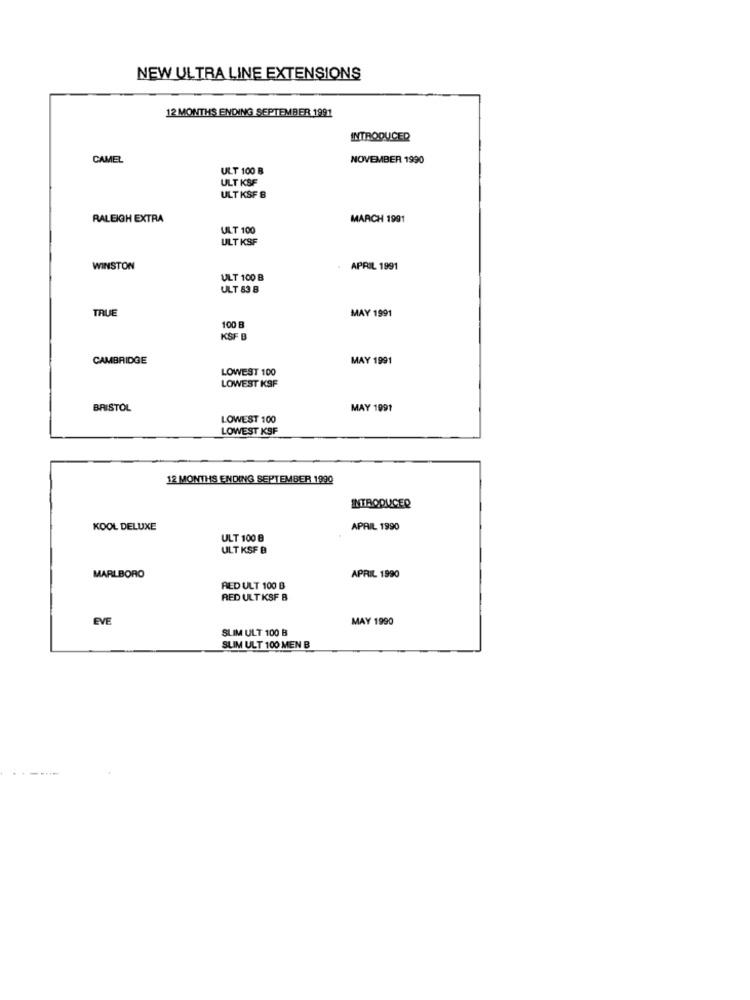
NEW ULTRA LINE EXTENSIONS
12 MONTHS ENDING SEPTEMBER 1991
INTRODUCED
CAMEL
NOVEMBER 1990
ULT 100 B
ULT KSF
ULT KSF 8
RALEIGH EXTRA
MARCH 1991
ULT 100
ULT KSF
WINSTON
. APRIL 1991
ULT 100 B
ULT 83 B
TRUE
MAY 1991
100 B
KSF B
CAMBRIDGE
MAY 1991
LOWEST 100
LOWEST KSF
BRISTOL
MAY 1991
LOWEST 100
LOWEST KSF
12 MONTHS ENDING SEPTEMBER 1990
INTRODUCER
KOOL DELUXE
APRIL 1990
ULT 100 B
ULT KSF B
MARLBORO
APRIL 1990
RED ULT 100 B
RED ULT KSF B
EVE
MAY 1990
SLIM ULT 100 B
SLIM ULT 100 MEN B